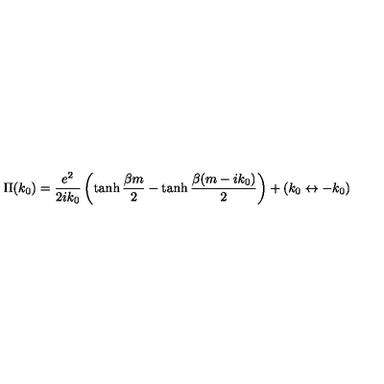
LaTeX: \Pi ( k _ { 0 } ) = { \frac { e ^ { 2 } } { 2 i k _ { 0 } } } \left( \tanh { \frac { \beta m } { 2 } } - \tanh { \frac { \beta ( m - i k _ { 0 } ) } { 2 } } \right) + ( k _ { 0 } \leftrightarrow - k _ { 0 } )